Plague in India, 1896, 1897 - Volume 3
Year: 1896
Disease focus: Plague
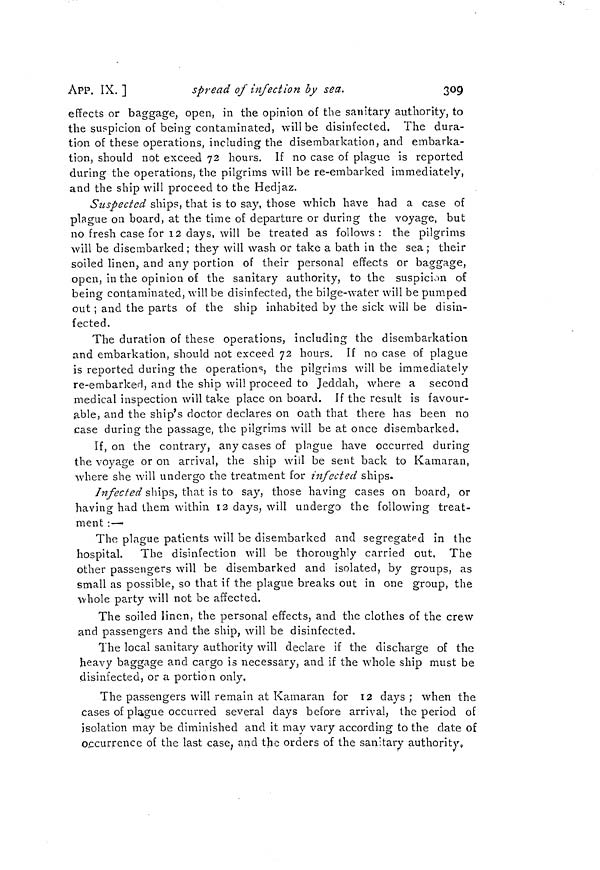
APP. IX. ]
spread of infection by sea.
309
effects or baggage, open, in the opinion of the sanitary authority, to
the suspicion of being contaminated, will be disinfected. The dura-
tion of these operations, including the disembarkation, and embarka-
tion, should not exceed 72 hours. If no case of plague is reported
during the operations, the pilgrims will be re-embarked immediately,
and the ship will proceed to the Hedjaz.
Suspected ships, that is to say, those which have had a case of
plague on board, at the time of departure or during the voyage, but
no fresh case for 12 days, will be treated as follows: the pilgrims
will be disembarked ; they will wash or take a bath in the sea ; their
soiled linen, and any portion of their personal effects or baggage,
open, in the opinion of the sanitary authority, to the suspicion of
being contaminated, will be disinfected, the bilge-water will be pumped
out ; and the parts of the ship inhabited by the sick will be disin-
fected.
The duration of these operations, including the disembarkation
and embarkation, should not exceed 72 hours. If no case of plague
is reported during the operations, the pilgrims will be immediately
re-embarked, and the ship will proceed to Jeddah, where a second
medical inspection will take place on board. If the result is favour-
able, and the ship's doctor declares on oath that there has been no
case during the passage, the pilgrims will be at once disembarked.
If, on the contrary, any cases of plague have occurred during
the voyage or on arrival, the ship will be sent back to Kamaran,
where she will undergo the treatment for infected ships.
Infected ships, that is to say, those having cases on board, or
having had them within 12 days, will undergo the following treat-
ment :—
The plague patients will be disembarked and segregated in the
hospital. The disinfection will be thoroughly carried out, The
other passengers will be disembarked and isolated, by groups, as
small as possible, so that if the plague breaks out in one group, the
whole party will not be affected.
The soiled linen, the personal effects, and the clothes of the crew
and passengers and the ship, will be disinfected.
The local sanitary authority will declare if the discharge of the
heavy baggage and cargo is necessary, and if the whole ship must be
disinfected, or a portion only.
The passengers will remain at Kamaran for 12 days ; when the
cases of plague occurred several clays before arrival, the period of
isolation may be diminished and it may vary according to the date of
occurrence of the last case ; and the orders of the sanitary authority.